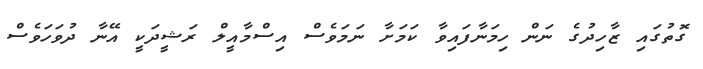
ގޮތުގައި ޒާހިދުގެ ނަން ހިމަނާފައިވާ ކަމަށާ ނަމަވެސް އިސްމާއީލް ރަޝީދަކީ އޭނާ ދުވަހަވެސް